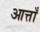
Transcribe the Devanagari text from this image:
आत्ताँ